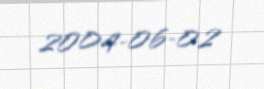
2004-06-02